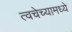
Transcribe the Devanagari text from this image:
त्वचेच्यामध्ये